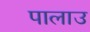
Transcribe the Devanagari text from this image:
पालाउ